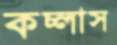
কচ্‌লাস